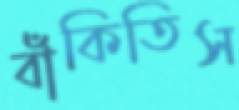
বাঁকিতিস